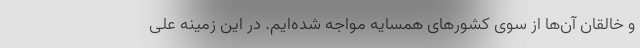
و خالقان آن‌ها از سوی کشورهای همسایه مواجه شده‌ایم. در این زمینه علی